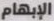
الإبهام